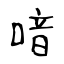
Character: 喑